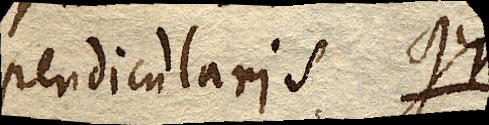
pendicularis gr.